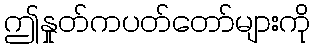
ဤနှုတ်ကပတ်တော်များကို